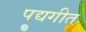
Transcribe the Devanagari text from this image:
पद्यगीत